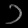
Digit: ၁